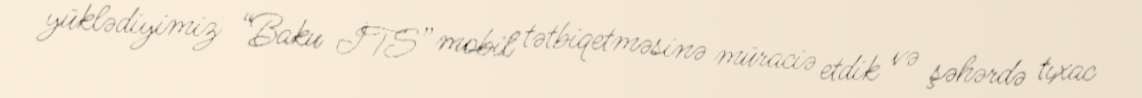
yüklədiyimiz “Baku İTS” mobil tətbiqetməsinə müraciə etdik və şəhərdə tıxac